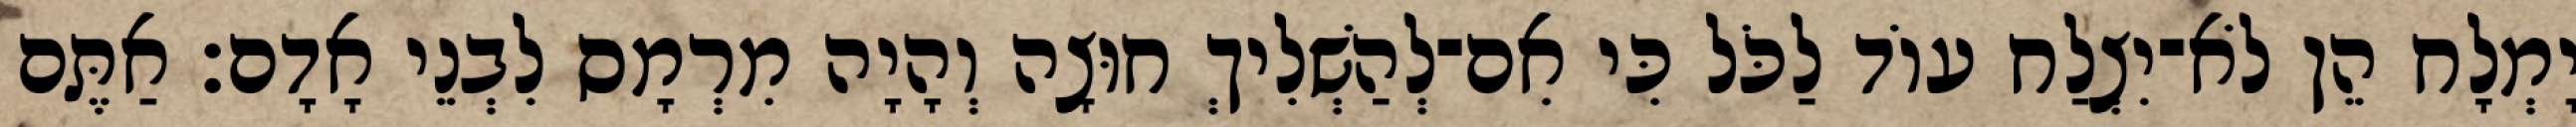
יָמְלָח הֵן לֹא־יִצְלַח עוֹד לַכֹּל כִּי אִם־לְהַשְׁלִיךְ חוּצָה וְהָיָה מִרְמָס לִבְנֵי אָדָם׃ אַתֶּם